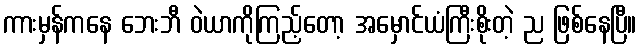
ကားမှန်ကနေ ဘေးဘီ ဝဲယာကိုကြည့်တော့ အမှောင်ယံကြီးစိုးတဲ့ ည ဖြစ်နေပြီ။